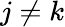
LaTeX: j\neq k